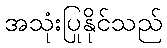
အသုံးပြုနိုင်သည်